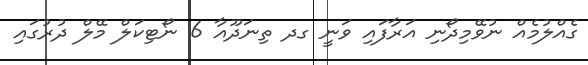
ގެއްލުމެއް ނުވޭމިދޯނި އަރާފައި ވަނީ ގދ ތިނަދޫއާ 6 ނޯޓިިކަލް މޭލް ދުރުގައި